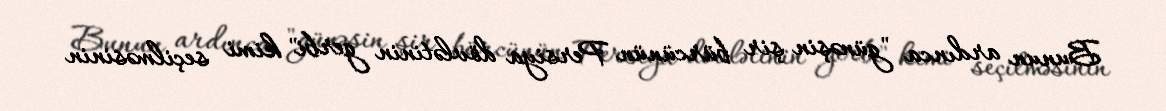
Bunun ardınca "günəşin şir bürcünün Persiya dövlətinin gerbi" kimi seçilməsinin